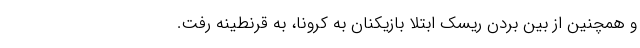
و همچنین از بین بردن ریسک ابتلا بازیکنان به کرونا، به قرنطینه رفت.